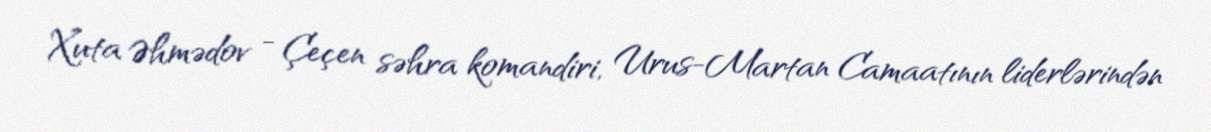
Xuta Əhmədov - Çeçen səhra komandiri, Urus-Martan Camaatının liderlərindən